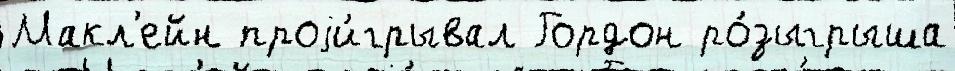
Макл'ейн проjи́грывал Гордон ро́зыгрыша